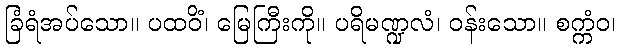
ခြံရံအပ်သော။ ပထဝိံ၊ မြေကြီးကို။ ပရိမဏ္ဍလံ၊ ဝန်းသော။ စက္ကံဝ၊